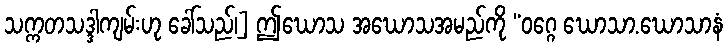
သက္ကတသဒ္ဒါကျမ်းဟု ခေါ်သည်၊] ဤဃောသ အဃောသအမည်ကို “ဝဂ္ဂေ ဃောသာ.ဃောသာနံ